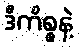
ဒီကိစ္စနဲ့